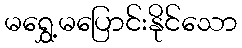
မရွှေ့မပြောင်းနိုင်သော